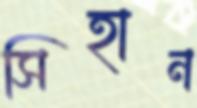
সিহান